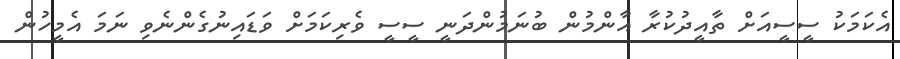
އެކަމަކު ސީސީއަށް ތާއީދުކުރާ އާންމުން ބުނަމުންދަނީ ސީސީ ވެރިކަމަށް ވަޑައިނުގެންނެވި ނަމަ އެމީހުން